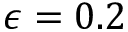
\epsilon = 0 . 2